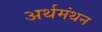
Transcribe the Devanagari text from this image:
अर्थमंथन